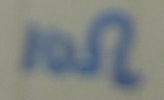
Text: 10Ω